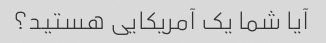
آیا شما یک آمریکایی هستید؟